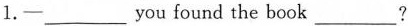
1.—___you found the book___?